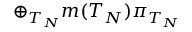
\oplus _ { T _ { N } } m ( T _ { N } ) \pi _ { T _ { N } } \, \, \, \,